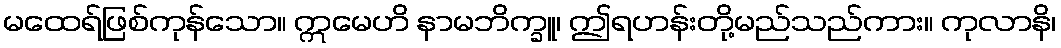
မထေရ်ဖြစ်ကုန်သော။ ဣမေဟိ နာမဘိက္ခူ၊ ဤရဟန်းတို့မည်သည်ကား။ ကုလာနိ၊